Indian journal of veterinary science and animal husbandry - Volume 12,
Year: 1942
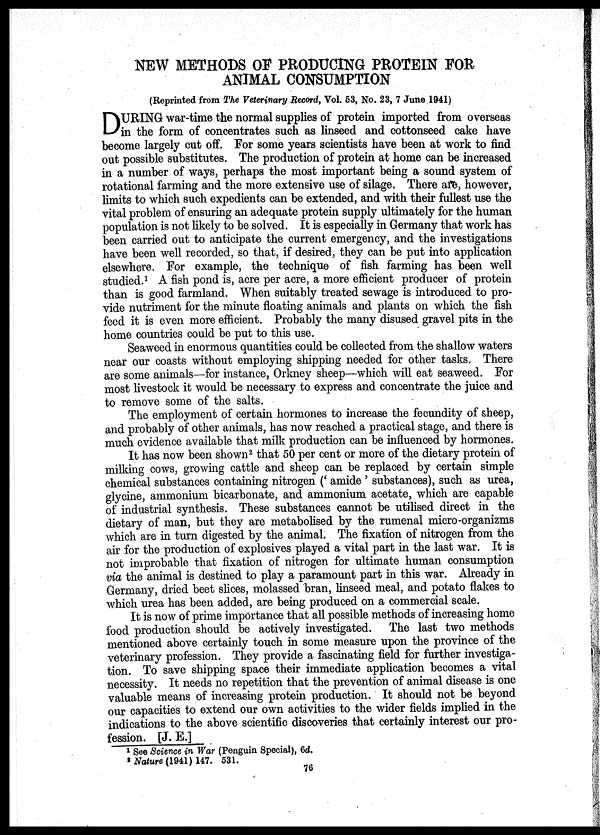
NEW METHODS OF PRODUCING PROTEIN FOR
ANIMAL CONSUMPTION
(Reprinted from The Veterinary Record, Vol. 53, No. 23, 7 June 1941)
D URING war-time the normal supplies of protein imported from overseas
in the form of concentrates such as linseed and cottonseed cake have
become largely cut off. For some years scientists have been at work to find
out possible substitutes. The production of protein at home can be increased
in a number of ways, perhaps the most important being a sound system of
rotational farming and the more extensive use of silage. There are, however,
limits to which such expedients can be extended, and with their fullest use the
vital problem of ensuring an adequate protein supply ultimately for the human
population is not likely to be solved. It is especially in Germany that work has
been carried out to anticipate the current emergency, and the investigations
have been well recorded, so that, if desired, they can be put into application
elsewhere. For example, the technique of fish farming has been well
studied. 1 A fish pond is, acre per acre, a more efficient producer of protein
than is good farmland. When suitably treated sewage is introduced to pro-
vide nutriment for the minute floating animals and plants on which the fish
feed it is even more efficient. Probably the many disused gravel pits in the
home countries could be put to this use.
Seaweed in enormous quantities could be collected from the shallow waters
near our coasts without employing shipping needed for other tasks. There
are some animals—for instance, Orkney sheep—which will eat seaweed. For
most livestock it would be necessary to express and concentrate the juice and
to remove some of the salts.
The employment of certain hormones to increase the fecundity of sheep,
and probably of other animals, has now reached a practical stage, and there is
much evidence available that milk production can be influenced by hormones.
It has now been shown 2 that 50 per cent or more of the dietary protein of
milking cows, growing cattle and sheep can be replaced by certain simple
chemical substances containing nitrogen (' amide ' substances), such as urea,
glycine, ammonium bicarbonate, and ammonium acetate, which are capable
of industrial synthesis. These substances cannot be utilised direct in the
dietary of man, but they are metabolised by the rumenal micro-organizms
which are in turn digested by the animal. The fixation of nitrogen from the
air for the production of explosives played a vital part in the last war. It is
not improbable that fixation of nitrogen for ultimate human consumption
via the animal is destined to play a paramount part in this war. Already in
Germany, dried beet slices, molassed bran, linseed meal, and potato flakes to
which urea has been added, are being produced on a commercial scale.
It is now of prime importance that all possible methods of increasing home
food production should be actively investigated. The last two methods
mentioned above certainly touch in some measure upon the province of the
veterinary profession. They provide a fascinating field for further investiga-
tion. To save shipping space their immediate application becomes a vital
necessity. It needs no repetition that the prevention of animal disease is one
valuable means of increasing protein production. It should not be beyond
our capacities to extend our own activities to the wider fields implied in the
indications to the above scientific discoveries that certainly interest our pro-
fession. [J. E.]
1 See Science in War (Penguin Special), 6d.
2 Nature (1941)147. 531.
76